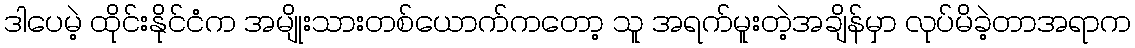
ဒါပေမဲ့ ထိုင်းနိုင်ငံက အမျိုးသားတစ်ယောက်ကတော့ သူ အရက်မူးတဲ့အချိန်မှာ လုပ်မိခဲ့တာအရာက